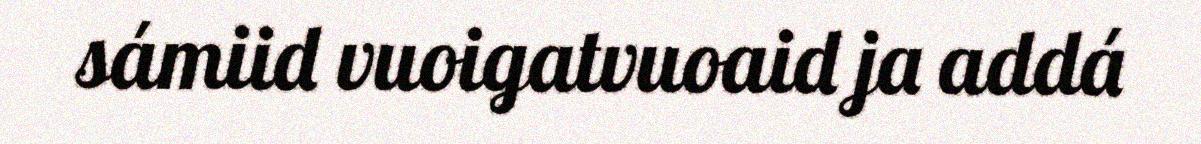
sámiid vuoigatvuoaid ja addá